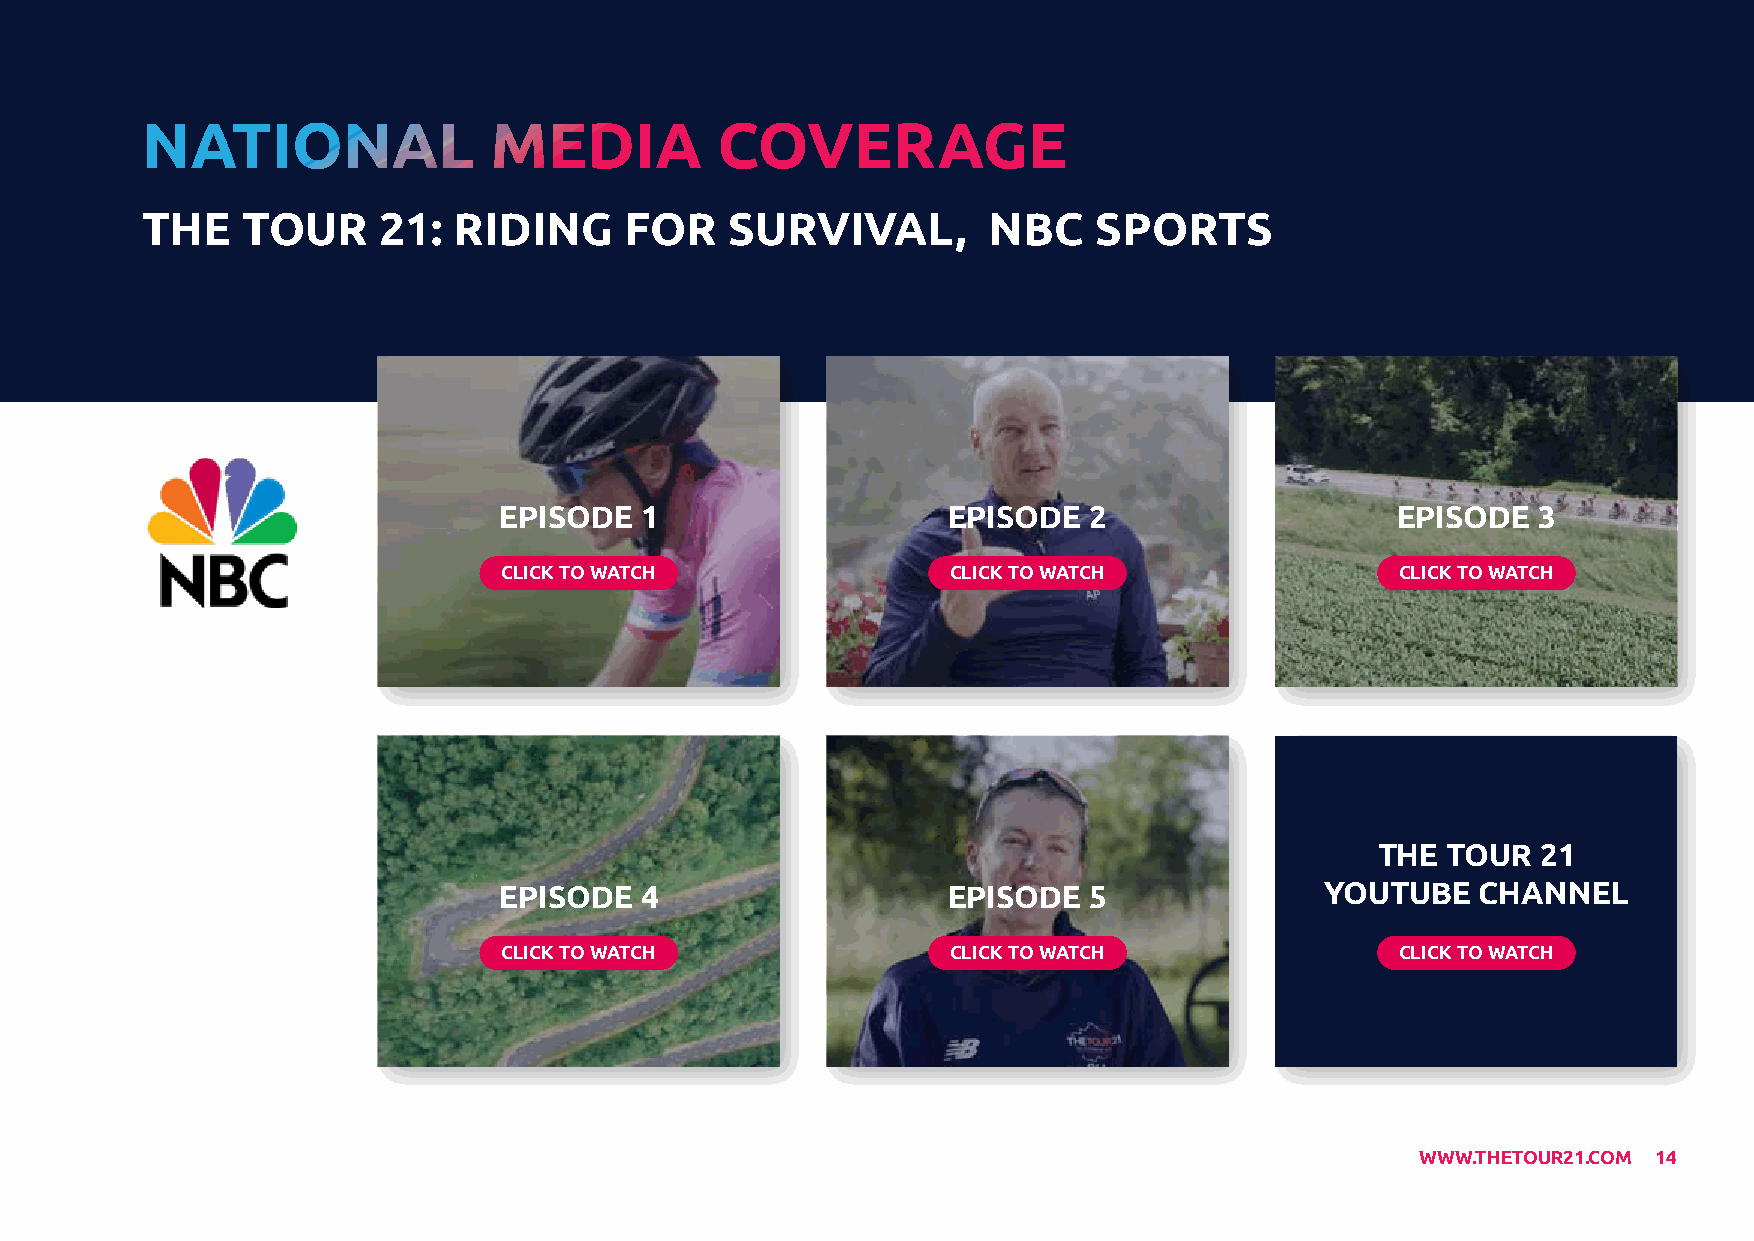
NATIONAL               MEDIA          COVERAGE
 THE    TOUR     21:  RIDING     FOR    SURVIVAL,         NBC    SPORTS
 EPISODE  1                    EPISODE  2                   EPISODE   3
 CLICK TO WATCH                CLICK TO WATCH                CLICK TO WATCH
 THE  TOUR  21
 EPISODE  4                    EPISODE  5               YOUTUBE   CHANNEL
 CLICK TO WATCH                CLICK TO WATCH                CLICK TO WATCH
 WWW.THETOUR21.COM 14